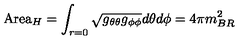
\mathrm { A r e a } _ { H } = \int _ { r = 0 } \sqrt { g _ { \theta \theta } g _ { \phi \phi } } d \theta d \phi = 4 \pi m _ { B R } ^ { 2 }